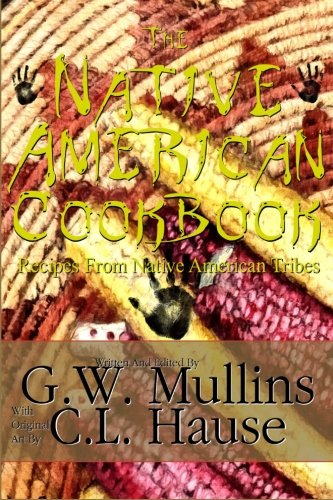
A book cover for The  Native American Cookbook Recipes From Native American Tribes; G.W. Mullins; Cookbooks, Food & Wine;